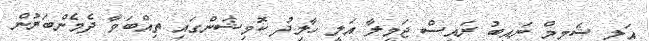
އަލީ ޝަމީމް ނައިބު ރައީސް ޖަމީލާ އަލީ ހާލިދު ކޮމިޝަންގައި ތިއްބަވާ ދެމެންބަރުން